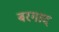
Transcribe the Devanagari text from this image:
बरगाद